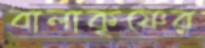
বালাকৃষ্ণের